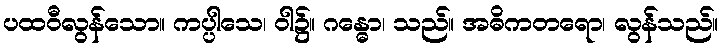
ပထဝီလွန်သော။ ကပ္ပါသေ၊ ဝါ၌။ ဂန္ဓော၊ သည်။ အဓိကတရော၊ လွန်သည်။